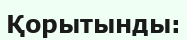
Қорытынды: